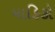
માહિકો